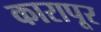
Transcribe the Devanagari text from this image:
कारापूर